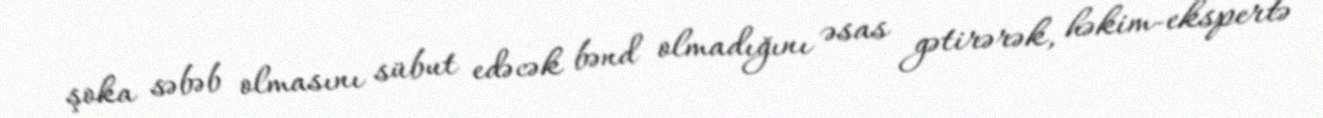
şoka səbəb olmasını sübut edəcək bənd olmadığını əsas gətirərək, həkim-ekspertə